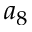
a _ { 8 }